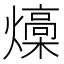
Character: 燺